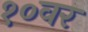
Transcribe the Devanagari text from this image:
१०वर